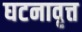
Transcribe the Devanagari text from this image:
घटनावृत्त